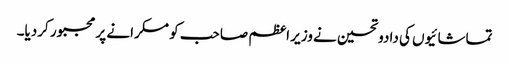
تماشائیوں کی دادوتحسین نے وزیر اعظم صاحب کو مسکرانے پر مجبور کردیا۔